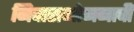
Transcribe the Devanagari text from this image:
निवासभोजनाची